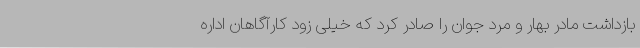
بازداشت مادر بهار و مرد جوان را صادر کرد که خیلی زود کارآگاهان اداره